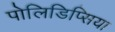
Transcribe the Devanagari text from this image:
पोलिडिप्सिया